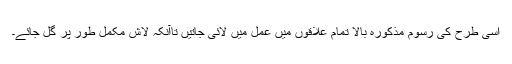
اسی طرح کی رسوم مذکورہ بالا تمام علاقوں میں عمل میں لائی جاتیں تاآنکہ لاش مکمل طور پر گل جائے۔